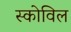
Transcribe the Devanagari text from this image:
स्कोविल